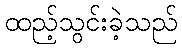
ထည့်သွင်းခဲ့သည်